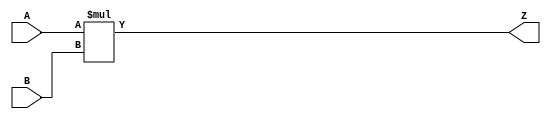
module mult_8x8 (
    input  wire [ 7:0] A,
    input  wire [ 7:0] B,
    output wire [15:0] Z
);
    assign Z = A * B;
endmodule